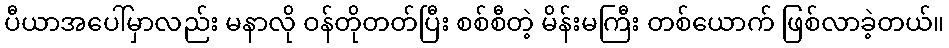
ပီယာအပေါ်မှာလည်း မနာလို ဝန်တိုတတ်ပြီး စစ်စီတဲ့ မိန်းမကြီး တစ်ယောက် ဖြစ်လာခဲ့တယ်။